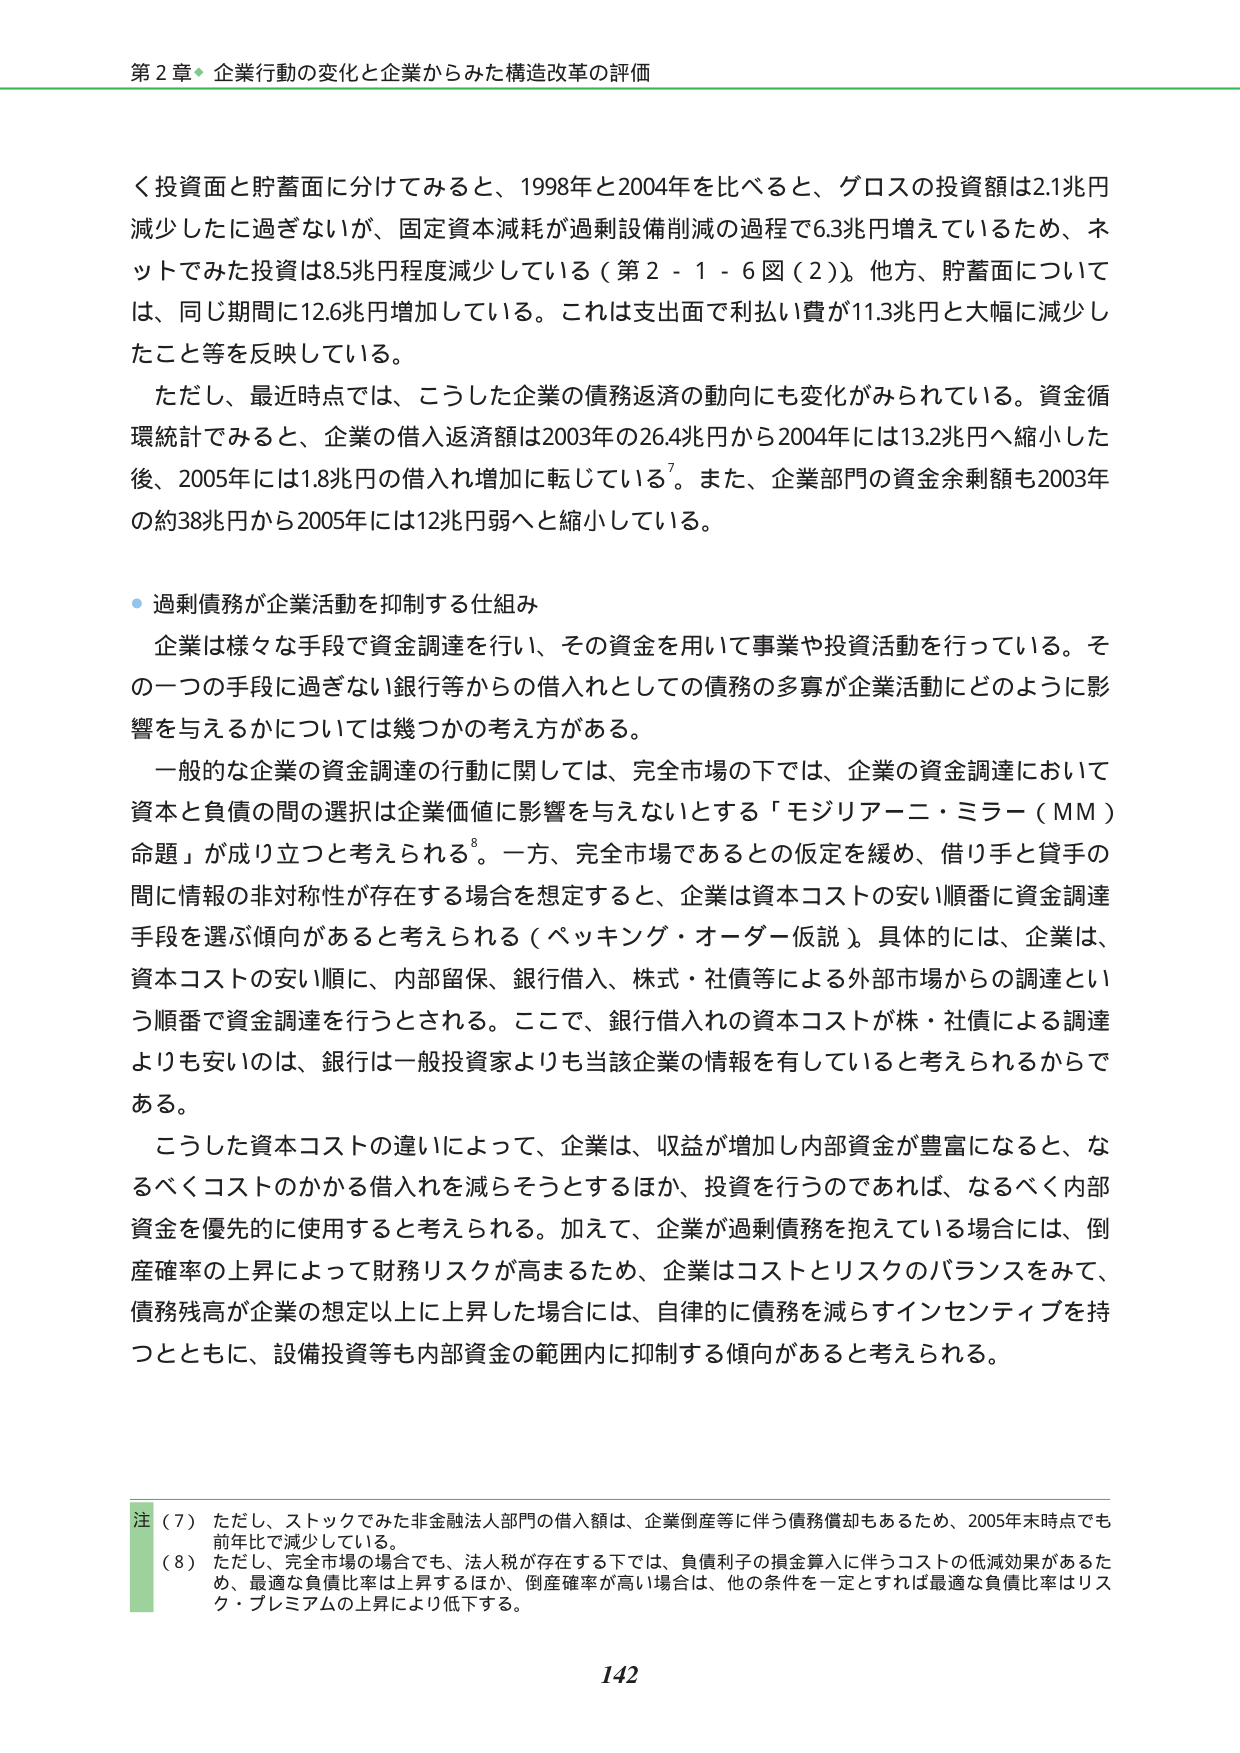
第２章 企業行動の変化と企業からみた構造改革の評価

く投資面と貯蓄面に分けてみると、1998年と2004年を比べると、グロスの投資額は2.1兆円減少したに過ぎないが、固定資本減耗が過剰設備削減の過程で6.3兆円増えているため、ネットでみた投資は8.5兆円程度減少している（第２－１－６図（２））。他方、貯蓄面については、同じ期間に12.6兆円増加している。これは支出面で利払い費が11.3兆円と大幅に減少したこと等を反映している。

ただし、最近時点では、こうした企業の債務返済の動向にも変化がみられている。資金循環統計でみると、企業の借入返済額は2003年の26.4兆円から2004年には13.2兆円へ縮小した後、2005年には1.8兆円の借入れ増加に転じている⁷。また、企業部門の資金余剰額も2003年の約38兆円から2005年には12兆円弱へと縮小している。

・過剰債務が企業活動を抑制する仕組み

企業は様々な手段で資金調達を行い、その資金を用いて事業や投資活動を行っている。その一つの手段に過ぎない銀行等からの借入れとしての債務の多寡が企業活動にどのように影響を与えるかについては幾つかの考え方がある。

一般的な企業の資金調達の行動に関しては、完全市場の下では、企業の資金調達において資本と負債の間の選択は企業価値に影響を与えないとする「モジリアーニ・ミラー（MM）命題」が成り立つと考えられる⁸。一方、完全市場であるとの仮定を緩め、借り手と貸手の間に情報の非対称性が存在する場合を想定すると、企業は資本コストの安い順番に資金調達手段を選ぶ傾向があると考えられる（ペッキング・オーダー仮説）。具体的には、企業は、資本コストの安い順に、内部留保、銀行借入、株式・社債等による外部市場からの調達という順番で資金調達を行うとされる。ここで、銀行借入れの資本コストが株・社債による調達よりも安いのは、銀行は一般投資家よりも当該企業の情報を有していると考えられるからである。

こうした資本コストの違いによって、企業は、収益が増加し内部資金が豊富になると、なるべくコストのかかる借入れを減らそうとするほか、投資を行うのであれば、なるべく内部資金を優先的に使用すると考えられる。加えて、企業が過剰債務を抱えている場合には、倒産確率の上昇によって財務リスクが高まるため、企業はコストとリスクのバランスをみて、債務残高が企業の想定以上に上昇した場合には、自律的に債務を減らすインセンティブを持つとともに、設備投資等も内部資金の範囲内に抑制する傾向があると考えられる。

注（７）ただし、ストックでみた非金融法人部門の借入額は、企業倒産等に伴う債務償却もあるため、2005年末時点でも前年比で減少している。
（８）ただし、完全市場の場合でも、法人税が存在する下では、負債利子の損金算入に伴うコストの低減効果があるため、最適な負債比率は上昇するほか、倒産確率が高い場合は、他の条件を一定とすれば最適な負債比率はリスク・プレミアムの上昇により低下する。

142